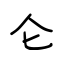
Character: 仑